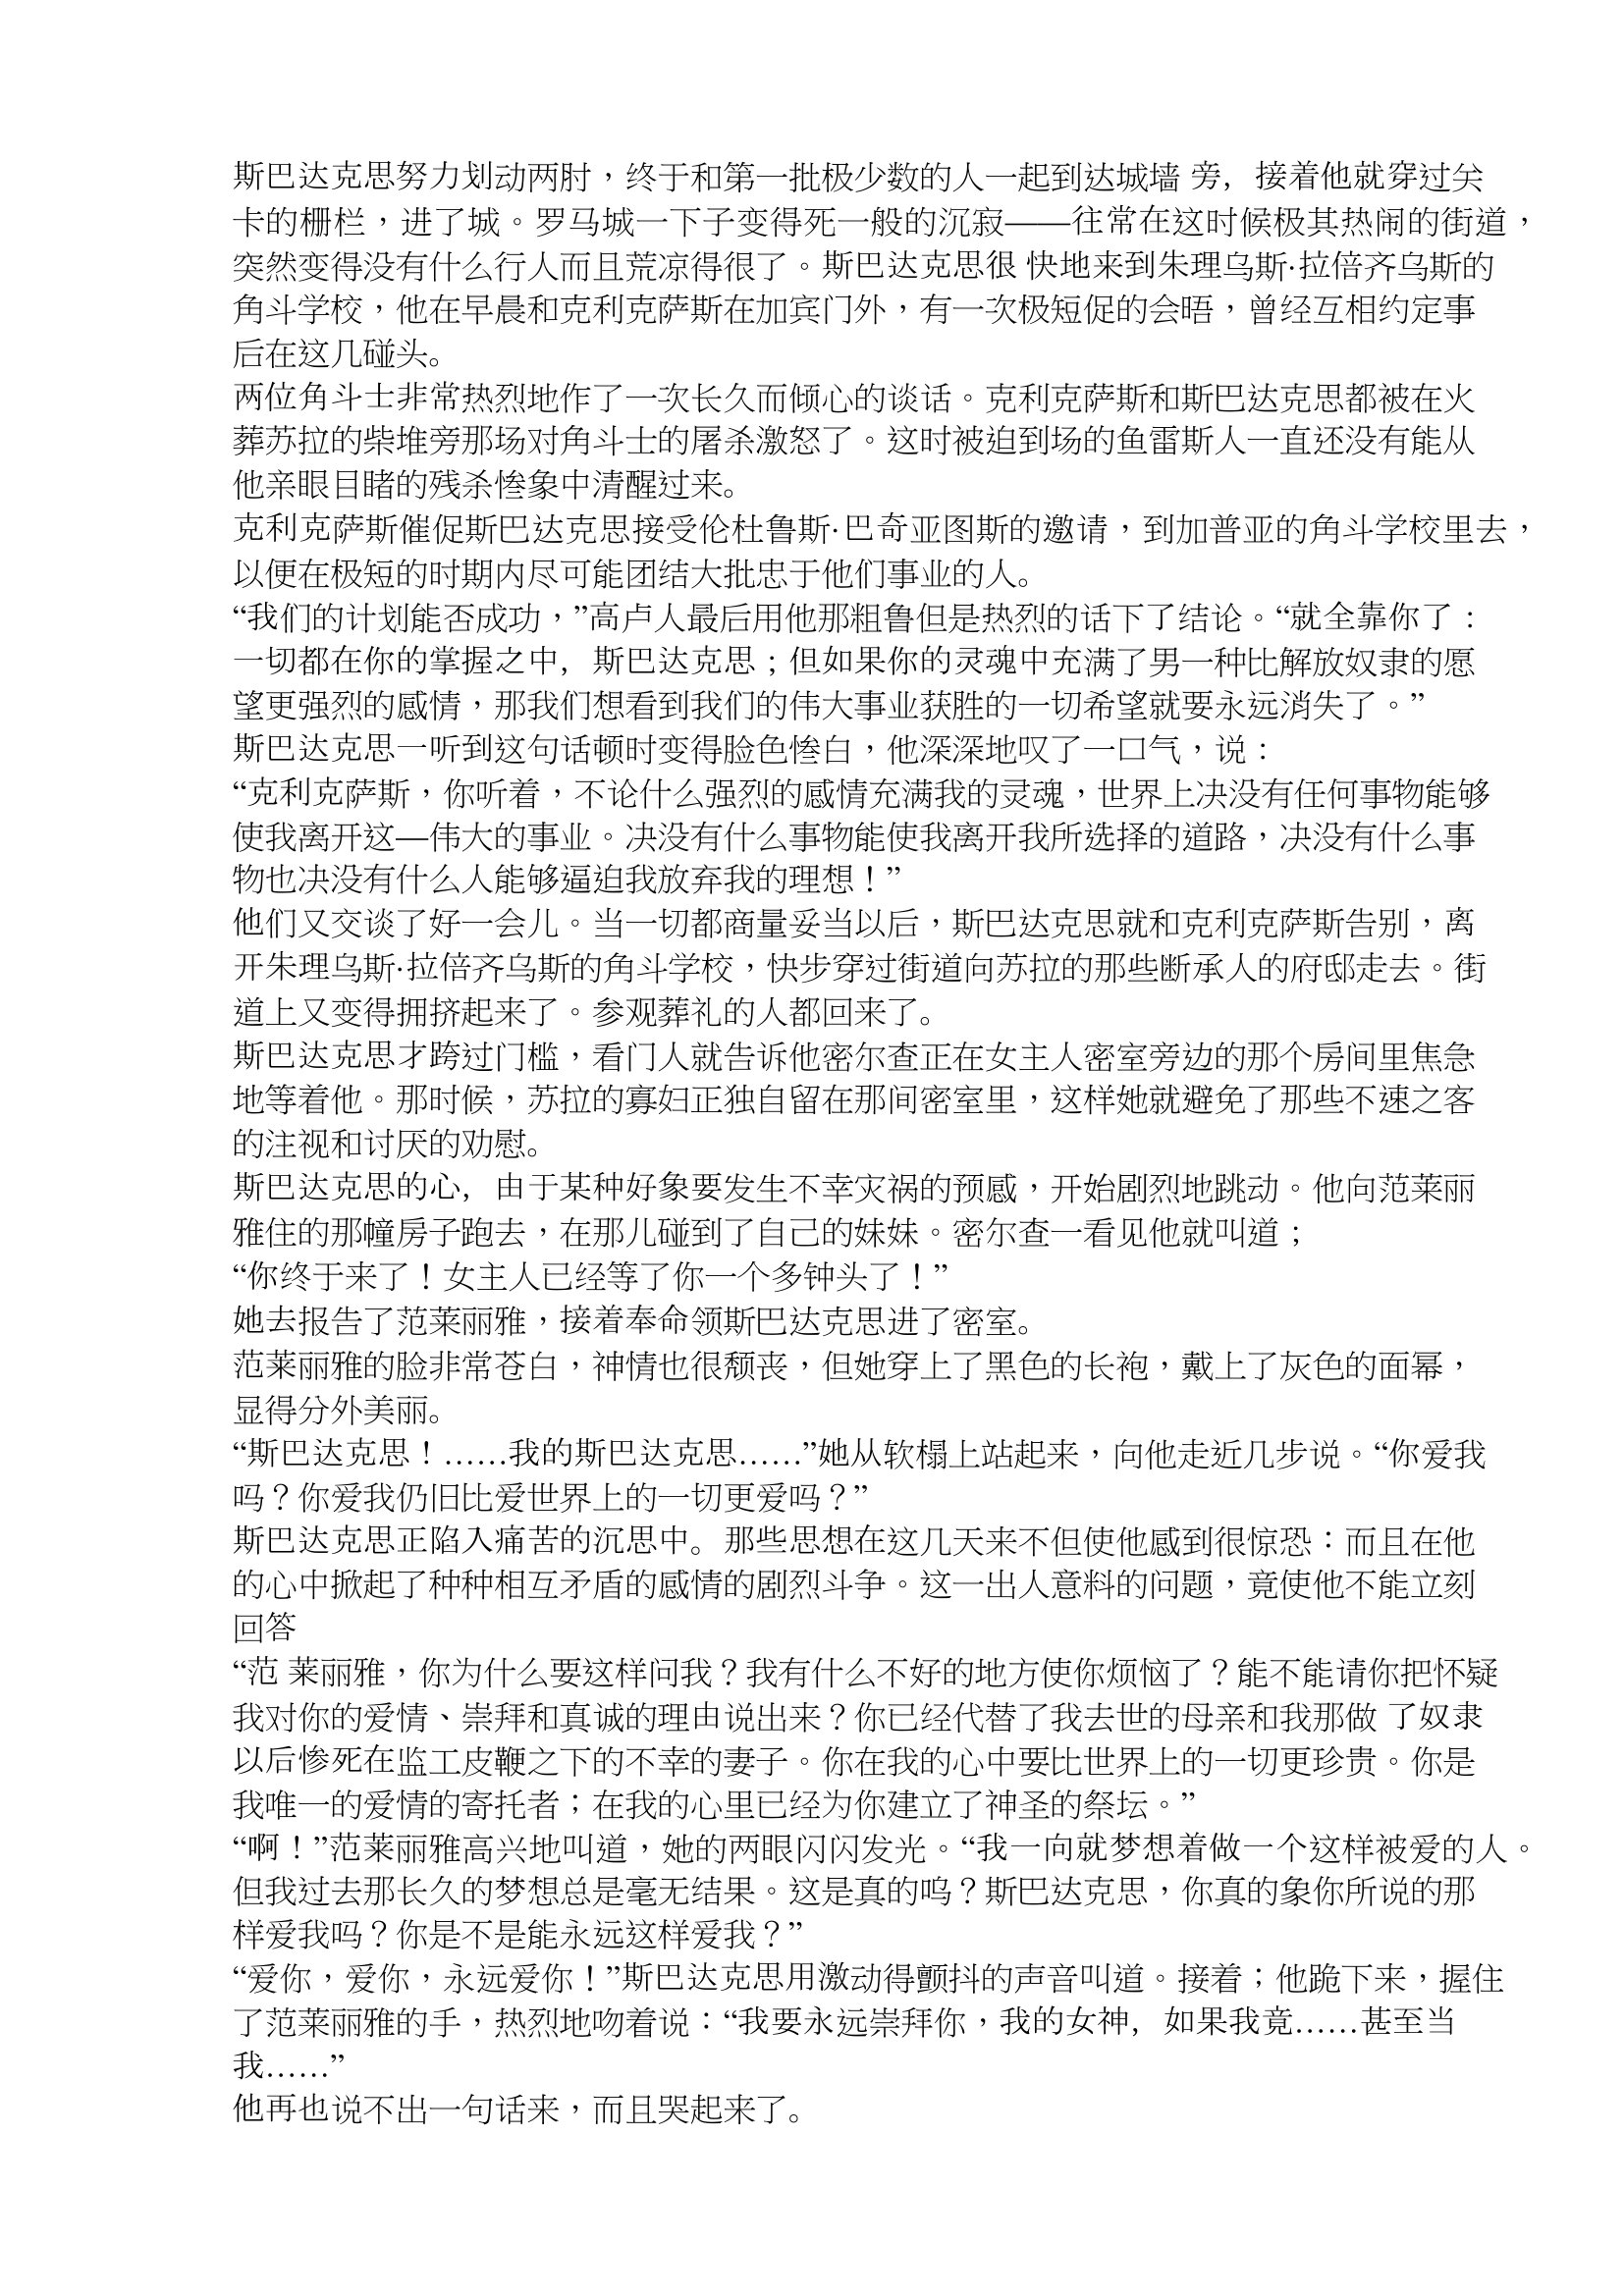
Language: zh